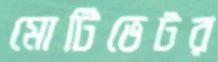
মোটিভেটর